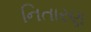
નિતારણ